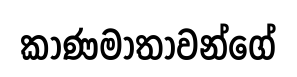
කාණමාතාවන්ගේ